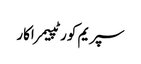
سپریم کورٹپیمراکار